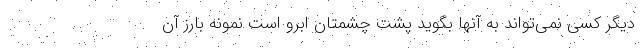
دیگر کسی نمی‌تواند به آنها بگوید پشت چشمتان ابرو است نمونه بارز آن